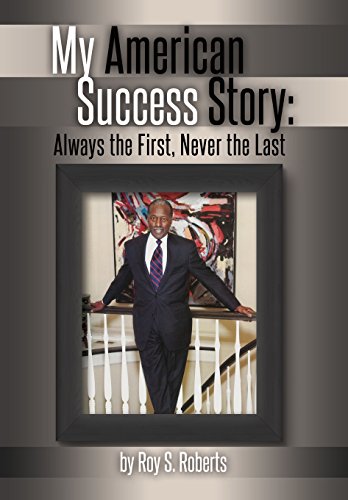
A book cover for My American Success Story: Always the First, Never the Last; Roy S. Roberts; Business & Money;